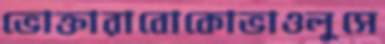
ভোক্তারাবোকোভাওলুসে